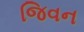
જિવન